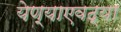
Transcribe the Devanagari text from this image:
येण्याएवढ्या